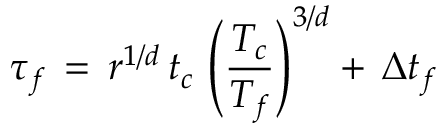
\tau _ { f } \, = \, r ^ { 1 / d } \, t _ { c } \, \left( { \frac { \displaystyle T _ { c } } { \displaystyle T _ { f } } } \right) ^ { 3 / d } + \, \Delta t _ { f }